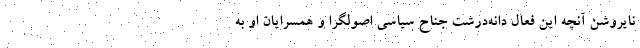
نایروشن آنچه این فعال دانه‌درشت جناح سیاسی اصولگرا و همسرایان او به